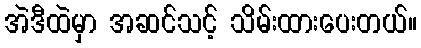
အဲဒီထဲမှာ အဆင်သင့် သိမ်းထားပေးတယ်။